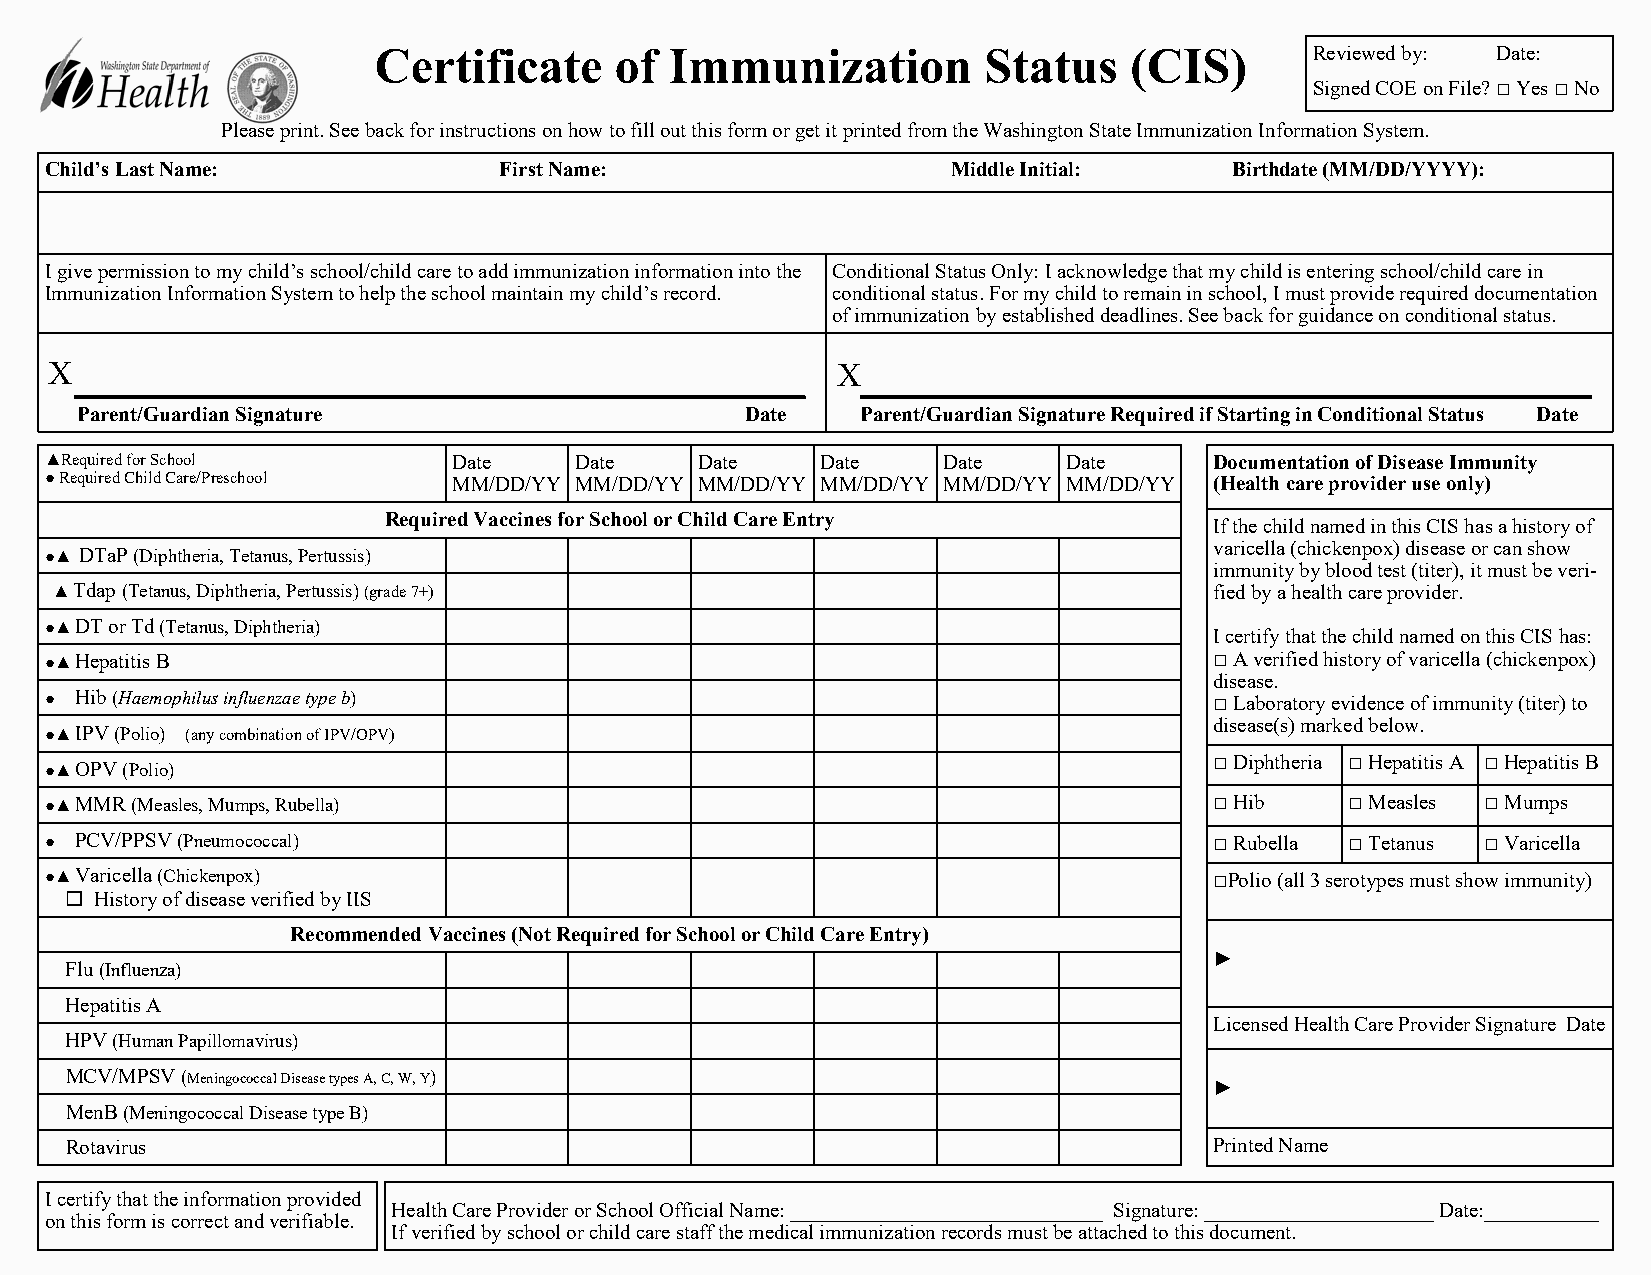
Certificate     of Immunization         Status    (CIS)       Reviewed by: Date:
 Signed COE on File?  Yes  No
 Please print. See back for instructions on how to fill out this form or get it printed from the Washington State Immunization Information System.
 Child’s Last Name:            First Name:                   Middle Initial:    Birthdate (MM/DD/YYYY):
 I give permission to my child’s school/child care to add immunization information into the Conditional Status Only: I acknowledge that my child is entering school/child care in
 Immunization Information System to help the school maintain my child’s record. conditional status. For my child to remain in school, I must provide required documentation
 of immunization by established deadlines. See back for guidance on conditional status.
 X                                                   X
 Parent/Guardian Signature                   Date    Parent/Guardian Signature Required if Starting in Conditional Status Date
 ▲Required for School       Date    Date    Date    Date    Date     Date     Documentation of Disease Immunity
 ● Required Child Care/Preschool MM/DD/YY MM/DD/YY MM/DD/YY MM/DD/YY MM/DD/YY MM/DD/YY (Health care provider use only)
 Required Vaccines for School or Child Care Entry
 If the child named in this CIS has a history of
 varicella (chickenpox) disease or can show
 ●▲ DTaP (Diphtheria, Tetanus, Pertussis)
 immunity by blood test (titer), it must be veri-
 ▲ Tdap (Tetanus, Diphtheria, Pertussis) (grade 7+)                           fied by a health care provider.
 ●▲ DT or Td (Tetanus, Diphtheria)
 I certify that the child named on this CIS has:
 ●▲ Hepatitis B                                                                A verified history of varicella (chickenpox)
 disease.
 ● Hib (Haemophilus influenzae type b)                                         Laboratory evidence of immunity (titer) to
 disease(s) marked below.
 ●▲ IPV (Polio) (any combination of IPV/OPV)
  Diphtheria  Hepatitis A  Hepatitis B
 ●▲ OPV (Polio)
 ●▲ MMR (Measles, Mumps, Rubella)                                              Hib     Measles  Mumps
 ● PCV/PPSV (Pneumococcal)                                                     Rubella  Tetanus  Varicella
 ●▲ Varicella (Chickenpox)                                                    Polio (all 3 serotypes must show immunity)
  History of disease verified by IIS
 Recommended Vaccines (Not Required for School or Child Care Entry)
 ►
 Flu (Influenza)
 Hepatitis A
 Licensed Health Care Provider Signature Date
 HPV (Human Papillomavirus)
 MCV/MPSV (Meningococcal Disease types A, C, W, Y)
 ►
 MenB (Meningococcal Disease type B)
 Rotavirus                                                                   Printed Name
 I certify that the information provided
 Health Care Provider or School Official Name: ______________________________ Signature: ______________________ Date:___________
 on this form is correct and verifiable.
 If verified by school or child care staff the medical immunization records must be attached to this document.